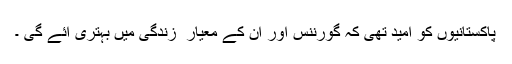
پاکستانیوں کو امید تھی کہ گورننس اور اُن کے معیار ِ زندگی میں بہتری آئے گی ۔